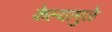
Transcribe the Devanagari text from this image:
केल्‍यामुळे